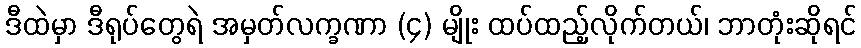
ဒီထဲမှာ ဒီရုပ်တွေရဲ အမှတ်လက္ခဏာ (၄) မျိုး ထပ်ထည့်လိုက်တယ်၊ ဘာတုံးဆိုရင်